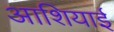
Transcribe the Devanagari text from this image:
आशियाई